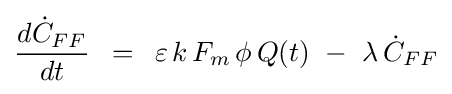
{{d{\dot {C}}_{FF}} \over {dt}}\,\,\,=\,\,\,\varepsilon \,k\,F_{m}\,\phi \,Q(t)\,\,-\,\,\lambda \,{\dot {C}}_{FF}